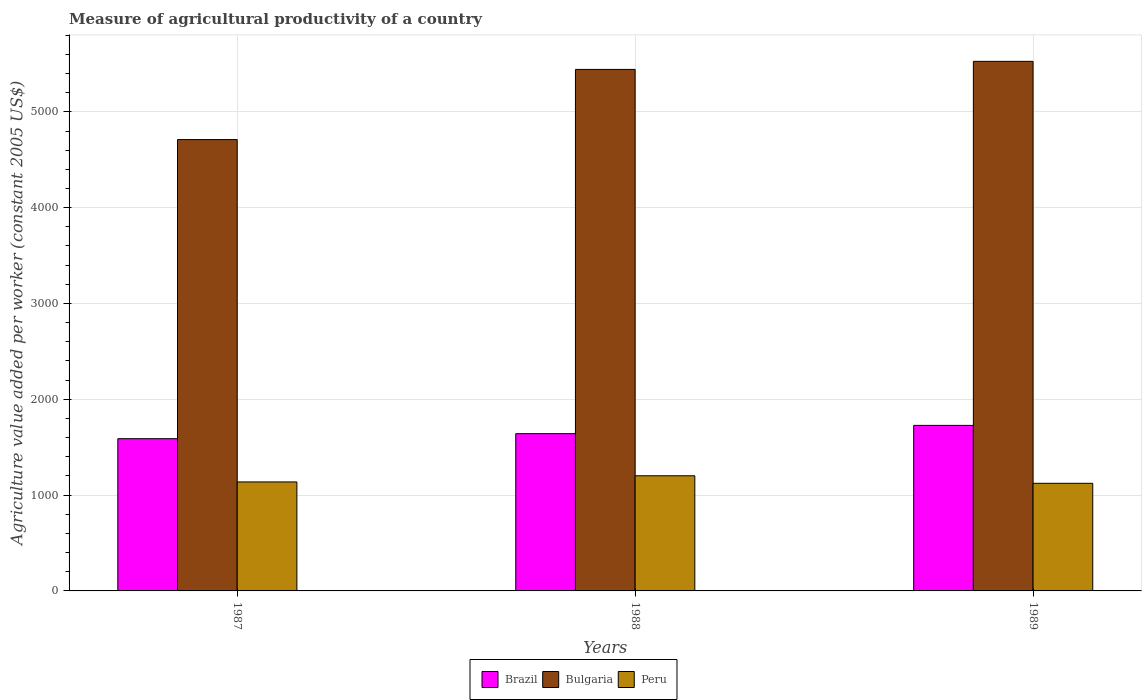
| Years | Brazil | Bulgaria | Peru |
 | --- | --- | --- | --- |
 | 1987 | 1.59e+03 | 4.71e+03 | 1.14e+03 |
 | 1988 | 1.64e+03 | 5.44e+03 | 1.2e+03 |
 | 1989 | 1.73e+03 | 5.53e+03 | 1.12e+03 |